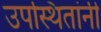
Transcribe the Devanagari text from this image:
उपस्थितांनी